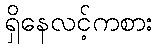
ရှိနေလင့်ကစား